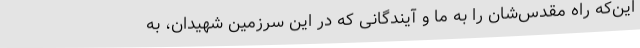
این‌که راه مقدس‌شان را به ما و آیندگانی که در این سرزمین شهیدان، به